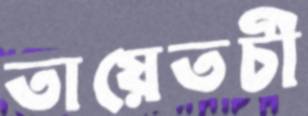
তায়েতচী